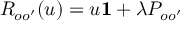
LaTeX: R _ { o o ^ { \prime } } ( u ) = u { \bf 1 } + \lambda P _ { o o ^ { \prime } }